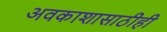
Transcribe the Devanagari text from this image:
अवकाशासाठीही